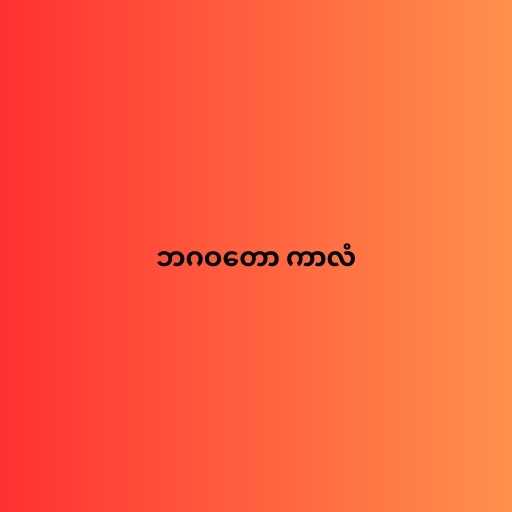
ဘဂဝတော ကာလံ